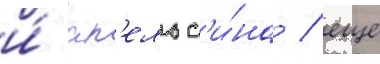
и́ ап'ельс'и́на / еще